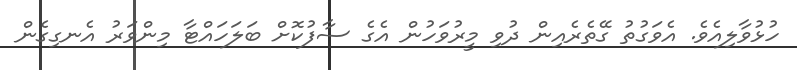
ހުޅުވާލިއެވެ. އެވަގުތު ގޭތެރެއިން ދުވި މީރުވަހުން އެގެ ސާފުކޮށް ބަލަހައްޓާ މިންވަރު އެނގިގެން